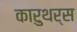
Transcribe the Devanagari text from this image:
कारुथर्स